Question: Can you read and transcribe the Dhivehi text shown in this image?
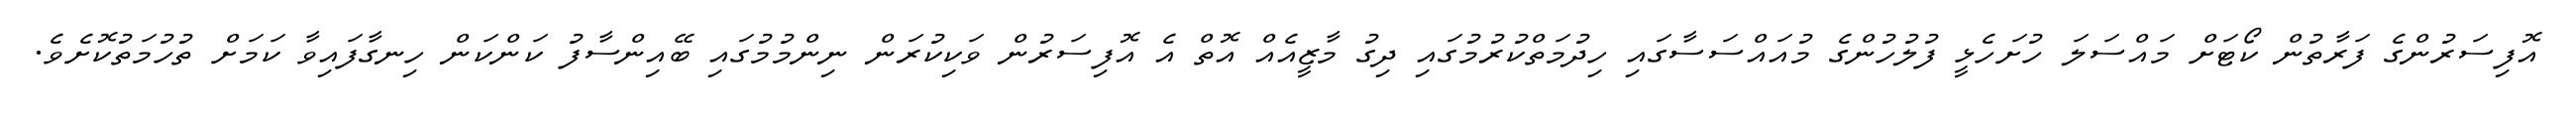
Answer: އޮފިސަރުންގެ ފަރާތުން ކޯޓަށް މައްސަލަ ހުށަހެޅީ ފުލުހުންގެ މުއައްސަސާގައި ހިދުމަތްކުރުމުގައި ދިގު މާޒީއެއް އޮތް އެ އޮފިސަރުން ވަކިކުރަން ނިންމުމުގައި ބޭއިންސާފު ކަންކަން ހިނގާފައިވާ ކަމަށް ތުހުމަތުކޮށެވެ.